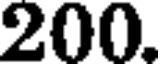
200.